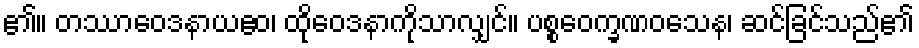
၏။ တဿာဝေဒနာယဧဝ၊ ထိုဝေဒနာကိုသာလျှင်။ ပစ္စဝေက္ခဏဝသေန၊ ဆင်ခြင်သည်၏